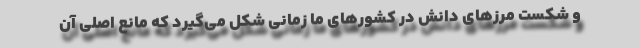
و شکست مرزهای دانش در کشورهای ما زمانی شکل می‌گیرد که مانع اصلی آن